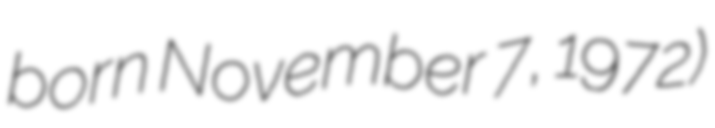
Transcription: born November 7, 1972)